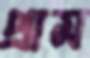
প্রাম